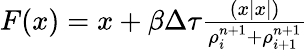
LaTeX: \begin{array}{rl}{F(x)=x+\beta\Delta\tau\frac{(x|x|)}{\rho_{i}^{n+1}+\rho_{i+1}^{n+1}}}\end{array}